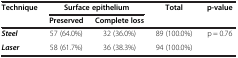
<table><thead><tr><td><b>Technique</b></td><td colspan="2"><b>Surface epithelium</b></td><td><b>Total</b></td><td><b>p-value</b></td></tr><tr><td><b> </b></td><td><b>Preserved</b></td><td><b>Complete loss</b></td><td><b> </b></td><td><b> </b></td></tr></thead><tbody><tr><td><b><i>Steel</i></b></td><td>57 (64.0%)</td><td>32 (36.0%)</td><td>89 (100.0%)</td><td>p = 0.76</td></tr><tr><td><b><i>Laser</i></b></td><td>58 (61.7%)</td><td>36 (38.3%)</td><td>94 (100.0%)</td><td> </td></tr></tbody></table>